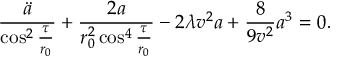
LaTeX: \frac { \ddot { a } } { \cos ^ { 2 } { \frac { \tau } { r _ { 0 } } } } + \frac { 2 a } { r _ { 0 } ^ { 2 } \cos ^ { 4 } { \frac { \tau } { r _ { 0 } } } } - 2 \lambda v ^ { 2 } a + \frac { 8 } { 9 v ^ { 2 } } a ^ { 3 } = 0 .